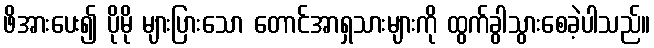
ဖိအားပေး၍ ပိုမို များပြားသော တောင်အာရှသားများကို ထွက်ခွါသွားစေခဲ့ပါသည်။